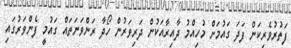
ފަތުރުވެރިކަން ފަދަ ގައުމަށް މުހިއްމު ދާއިރާއަކުން ދަރިވަރުން ހޯދާ ރަންވަނަތައް ގައުމީ ފެންވަރުގައި